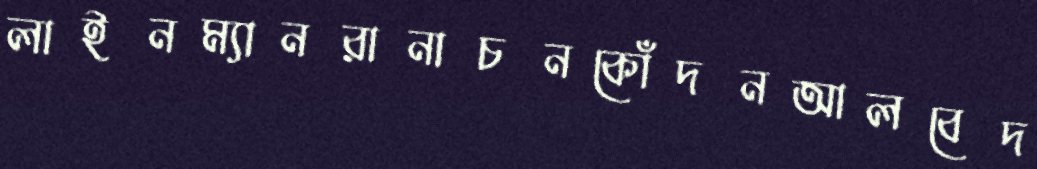
লাইনম্যানরানাচনকোঁদনআলবেদ